Vaccination in Bombay 1874-1876 - 1874-1876
Year: 1874
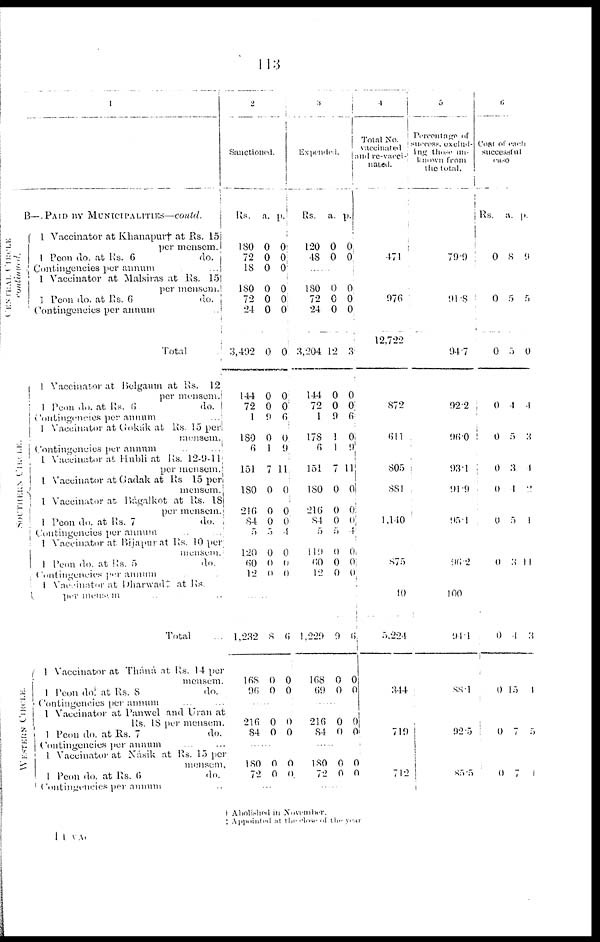
113
1
CENTRAL CIRCLE
continued.
SOUTHERN C I R C L E .
WESTERN CIRCLE.
B—PAID BY MUNICIPALITIES—contd.
1 Vaccinator at Khanapur† at Rs. 15
per mensem.
1 Peon do. at
Rs.
6
do.
Contingencies per annum
...
1 Vaccinator at Malsiras at Rs. 15
per mensem.
1 Peon do. at
Rs.
6
do.
Contingencies per annum
...
Total
1 Vaccinator at Belgaum at Rs. 12
per mensem.
1 Peon do. at
Rs.
6
do.
Contingencies per annum
...
1 Vaccinator at Gokák at Rs. 15 per
mensem.
Contingencies per annum
...
...
1 Vaccinator at Hubli at Rs. 12-9-11
per mensem.
1 Vaccinator at Gadak at Rs 15 per
mensem.
1 Vaccinator at Bágalkot at Rs. 18
per mensem.
1 Peon do. at Rs. 7
do.
Contingencies per annum ... ...
1 Vaccinator at Bijapur at Rs. 10 per
mensem.
1 Peon do. at Rs. 5
do.
Contingencies per annum
1 Viccinator at Dharwad‡ at Rs.
per mensem ... ...
Total ...
1 Vaccinator at Tháná at Rs. 14 per
mensem.
1 Peon do at
Rs.
8
do.
Contingencies per annum ... ...
1 Vaccinator at Panwel and Uran at
Rs.
18
per mensem.
1 Peon do. at Rs. 7
do.
Contingencies per annum ... ...
1 Vaccinator at Násik at Rs. 15 per
mensem.
1 Peon do. at
Rs.
6
do.
Contingencies per annum ...
2
Sanctioned.
Rs.
180
72
18
180
72
24
3,492
144
72
1
180
6
151
180
216
84
5
120
60
12
a.
0
0
0
0
0
0
0
0
0
9
0
1
7
0
0
0
5
0
0
0
p.
0
0
0
0
0
0
0
0
0
6
0
9
11
0
0
0
4
0
0
0
......
1,232
168
96
8
0
0
6
0
0
......
216
84
0
0
0
0
......
180
72
0
0
0
0
...
3
Expended.
Rs.
120
48
a.
0
0
p.
0
0
......
180
72
24
3,204
144
72
1
178
6
151
180
216
84
5
119
60
12
0
0
0
12
0
0
9
1
1
7
0
0
0
5
0
0
0
0
0
0
3
0
0
6
0
9
11
0
0
0
4
0
0
0
1,229
168
69
9
0
0
6
0
0
......
216
84
0
0 0
0
......
180
72
0
0
0
0
......
4
Total No.
vaccinated
and re-vacci-
nated.
471
976
12,722
872
611
805
881
1,140
875
10
5,224
344
710
712
5
Percentage
of
success, exclud-
ing those un-
known from
the total.
79.9
91.8
94.7
92.2
96.0
93.1
91.9
95.1
96.2
100
94.1
88.1
92.5
85.5
6
Cost
of
each
successful
case
Rs.
0
0
0
0
0
0
0
0
0
0
0
0
0
a.
8
5
5
4
5
3
1
5
3
4
15
7
7
p.
9
5
0
4
3
1
2
1
11
3
1
5
1
† Abolished in November.
‡ Appointed
at
the
close
of
the
year
11 VAC